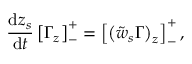
\frac { \mathrm { d } z _ { s } } { \mathrm { d } t } \left[ \Gamma _ { z } \right] _ { - } ^ { + } = \left[ \left( \tilde { w } _ { s } \Gamma \right) _ { z } \right] _ { - } ^ { + } ,